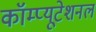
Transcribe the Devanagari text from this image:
कॉम्प्यूटेशनल